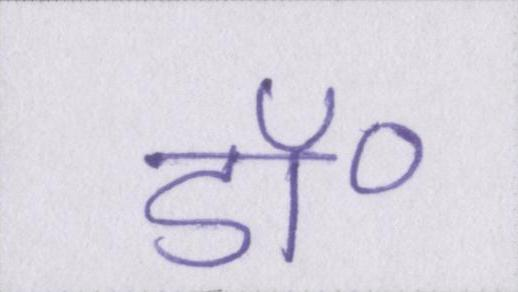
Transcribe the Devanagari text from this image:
डॉ॰